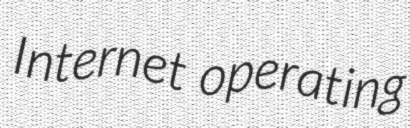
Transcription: Internet operating